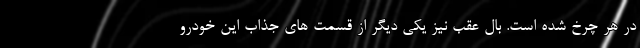
در هر چرخ شده است. بال عقب نیز یکی دیگر از قسمت های جذاب این خودرو